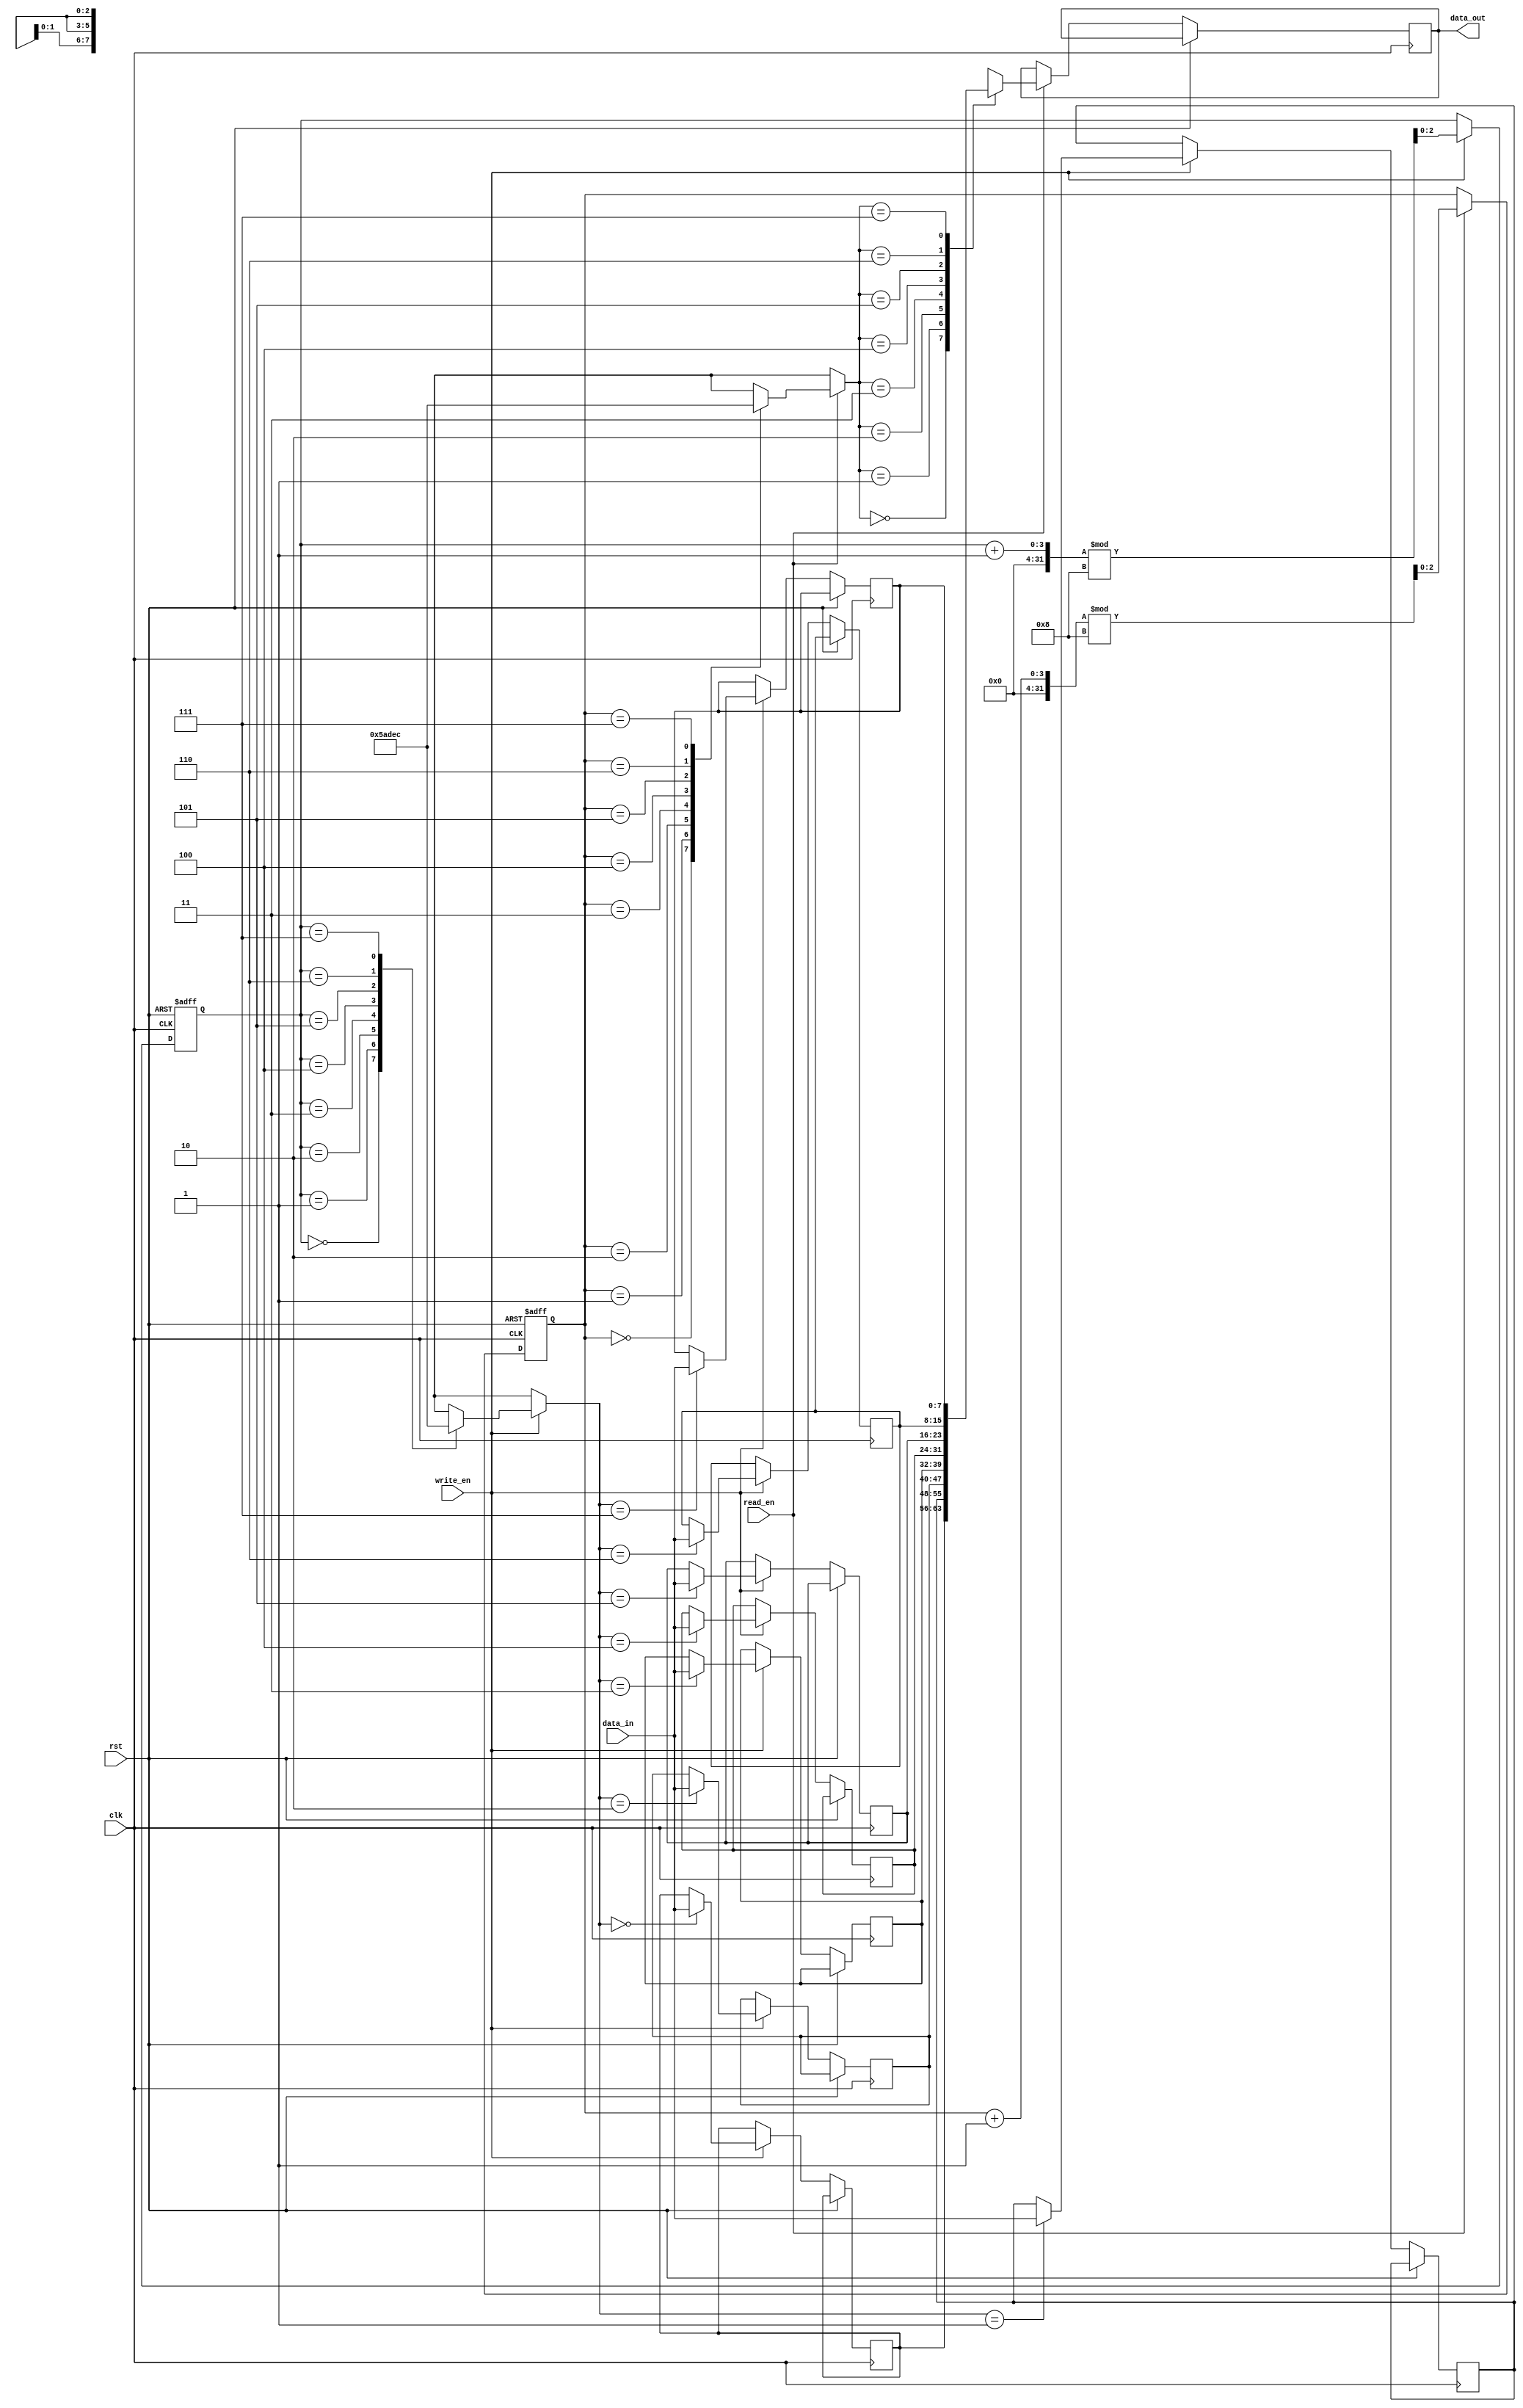
module gray_fifo(
    input clk,
    input rst,
    input write_en,
    input read_en,
    input [7:0] data_in,
    output reg [7:0] data_out
);

reg [7:0] memory [0:7];
reg [2:0] read_ptr;
reg [2:0] write_ptr;
reg [2:0] gray_code [0:7];

// Gray code values for memory locations
always @*
begin
    gray_code[0] = 3'b000;
    gray_code[1] = 3'b001;
    gray_code[2] = 3'b011;
    gray_code[3] = 3'b010;
    gray_code[4] = 3'b110;
    gray_code[5] = 3'b111;
    gray_code[6] = 3'b101;
    gray_code[7] = 3'b100;
end

// Read and Write operations
always @(posedge clk or posedge rst)
begin
    if (rst) begin
        read_ptr <= 0;
        write_ptr <= 0;
    end else begin
        if (read_en) begin
            data_out <= memory[gray_code[read_ptr]];
            read_ptr <= (read_ptr + 1) % 8;
        end
        if (write_en) begin
            memory[gray_code[write_ptr]] <= data_in;
            write_ptr <= (write_ptr + 1) % 8;
        end
    end
end

endmodule